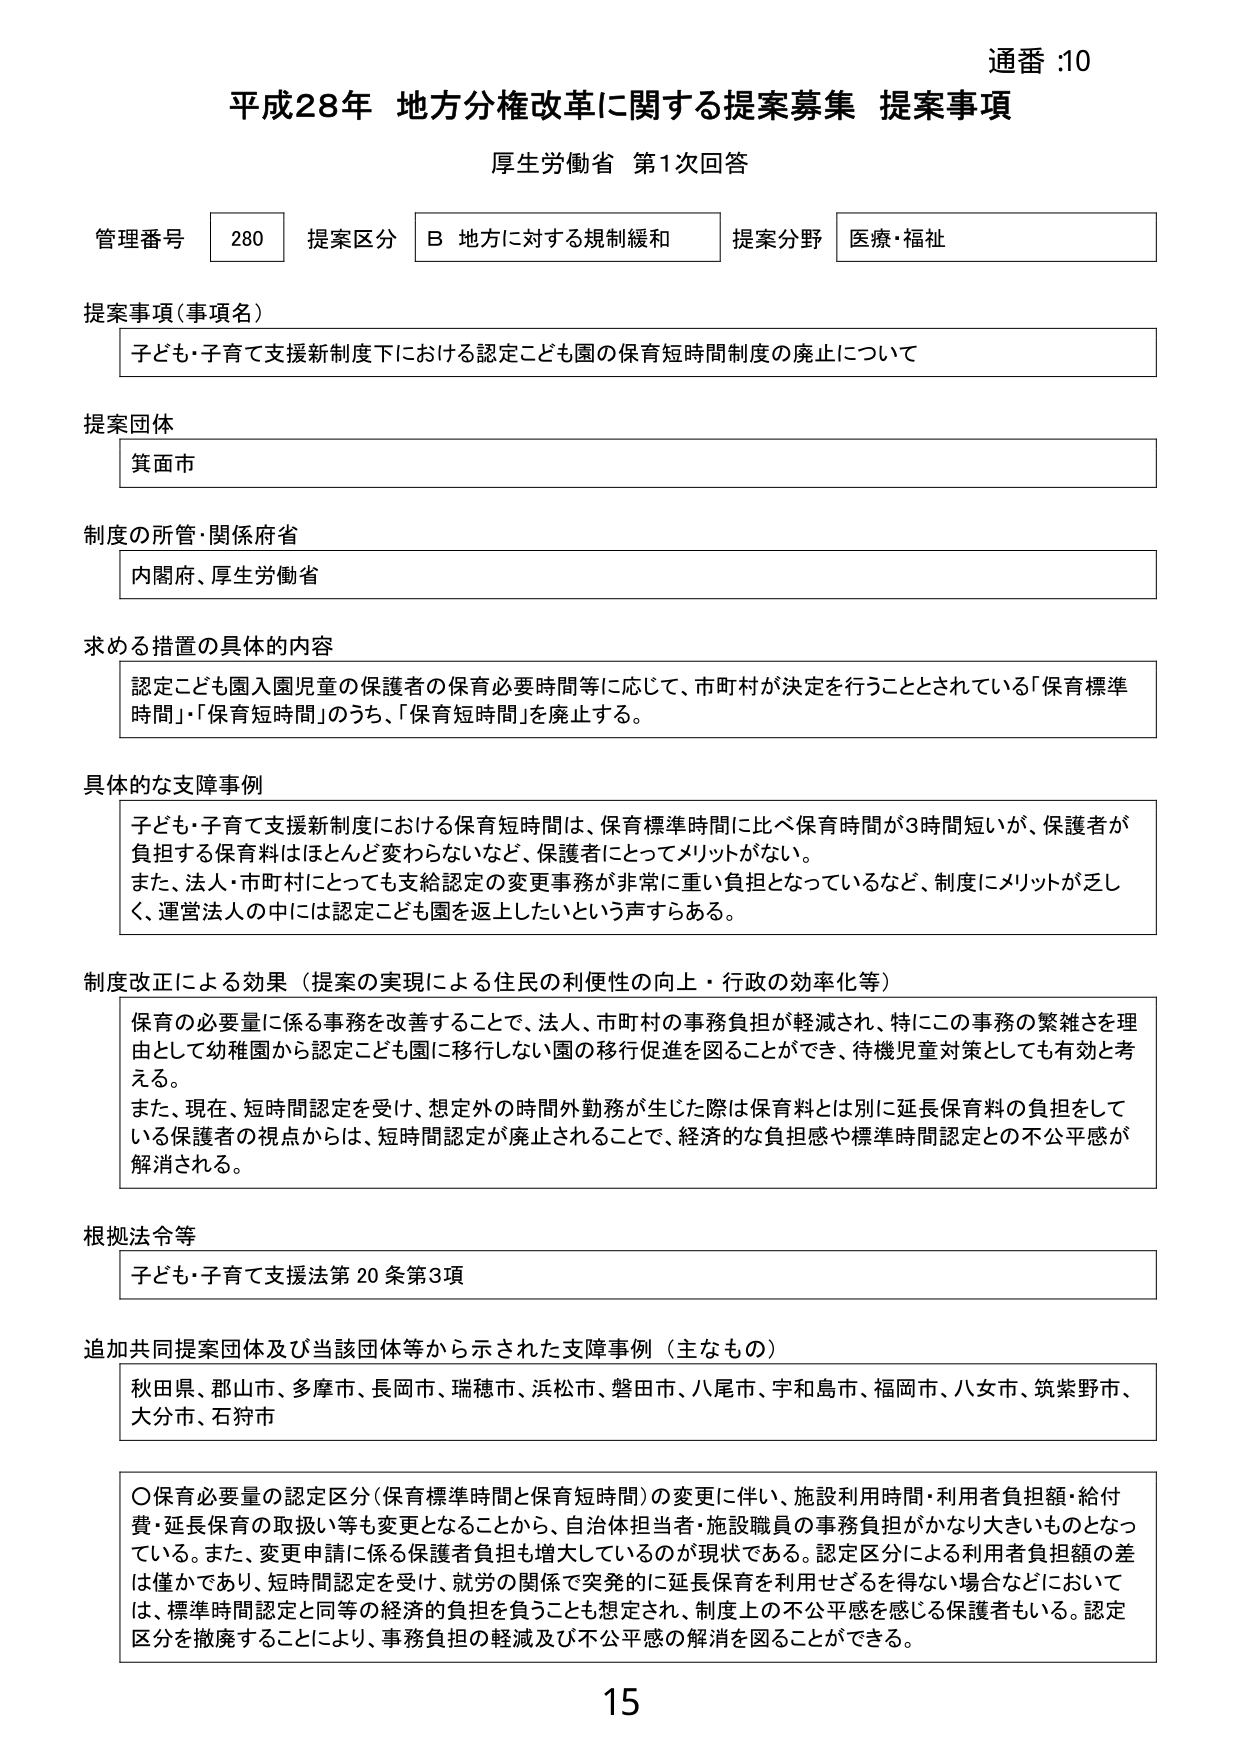
通番 :10
平成28年 地方分権改革に関する提案募集 提案事項
厚生労働省 第1次回答

管理番号 280 提案区分 B 地方に対する規制緩和 提案分野 医療・福祉

提案事項（事項名）
子ども・子育て支援新制度下における認定こども園の保育短時間制度の廃止について

提案団体
箕面市

制度の所管・関係府省
内閣府、厚生労働省

求める措置の具体的内容
認定こども園入園児童の保護者の保育必要時間等に応じて、市町村が決定を行うこととされている「保育標準時間」・「保育短時間」のうち、「保育短時間」を廃止する。

具体的な支障事例
子ども・子育て支援新制度における保育短時間は、保育標準時間に比べ保育時間が3時間短いが、保護者が負担する保育料はほとんど変わらないなど、保護者にとってメリットがない。
また、法人・市町村にとっても支給認定の変更事務が非常に重い負担となっているなど、制度にメリットが乏しく、運営法人の中には認定こども園を返上したいという声すらある。

制度改正による効果（提案の実現による住民の利便性の向上・行政の効率化等）
保育の必要量に係る事務を改善することで、法人、市町村の事務負担が軽減され、特にこの事務の繁雑さを理由として幼稚園から認定こども園に移行しない園の移行促進を図ることができ、待機児童対策としても有効と考える。
また、現在、短時間認定を受け、想定外の時間外勤務が生じた際は保育料とは別に延長保育料の負担をしている保護者の視点からは、短時間認定が廃止されることで、経済的な負担感や標準時間認定との不公平感が解消される。

根拠法令等
子ども・子育て支援法第20条第3項

追加共同提案団体及び当該団体等から示された支障事例（主なもの）
秋田県、郡山市、多摩市、長岡市、瑞穂市、浜松市、磐田市、八尾市、宇和島市、福岡市、八女市、筑紫野市、大分市、石狩市

〇保育必要量の認定区分（保育標準時間と保育短時間）の変更に伴い、施設利用時間・利用者負担額・給付費・延長保育の取扱い等も変更となることから、自治体担当者・施設職員の事務負担がかなり大きいものとなっている。また、変更申請に係る保護者負担も増大しているのが現状である。認定区分による利用者負担額の差は僅かであり、短時間認定を受け、就労の関係で突発的に延長保育を利用せざるを得ない場合などにおいては、標準時間認定と同等の経済的負担を負うことも想定され、制度上の不公平感を感じる保護者もいる。認定区分を撤廃することにより、事務負担の軽減及び不公平感の解消を図ることができる。

15